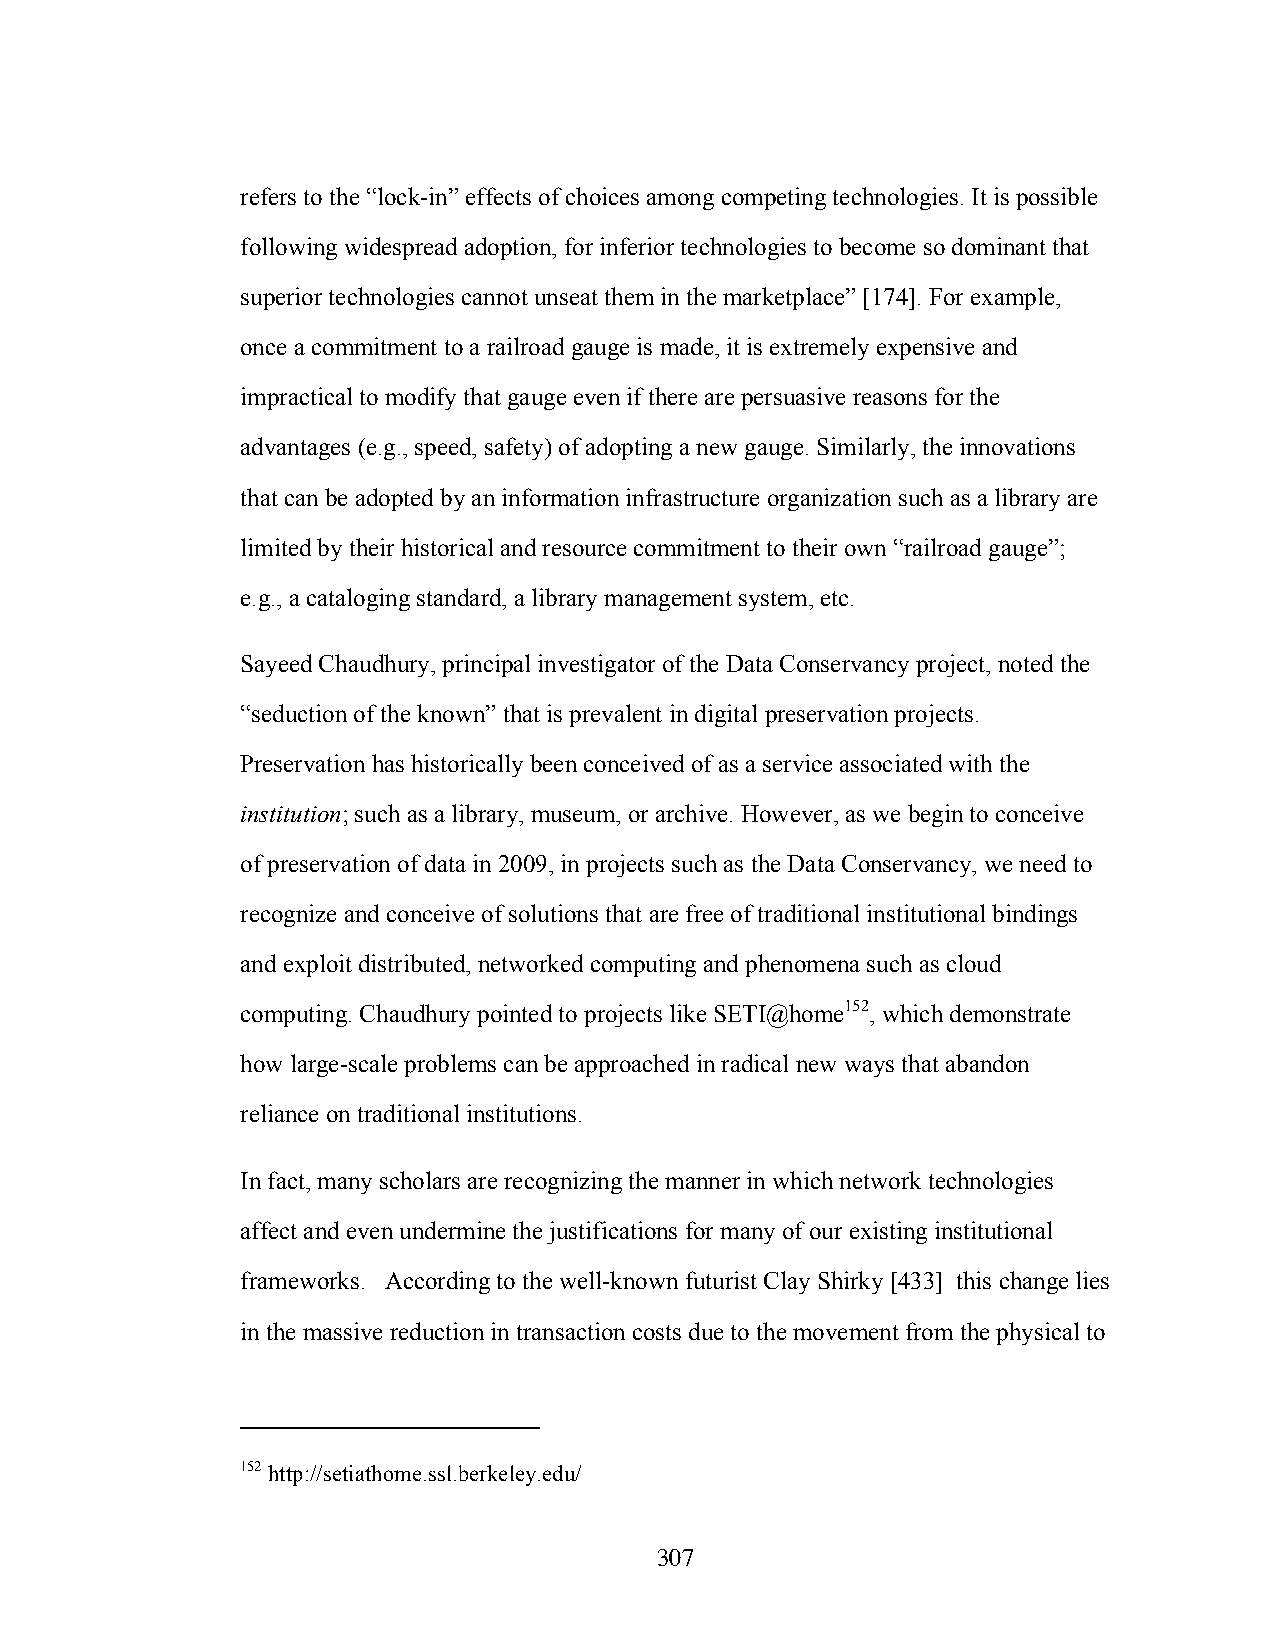
refers to the “lock-in” effects of choices among competing technologies. It is possible
 following widespread adoption, for inferior technologies to become so dominant that
 superior technologies cannot unseat them in the marketplace” [174]. For example,
 once a commitment to a railroad gauge is made, it is extremely expensive and
 impractical to modify that gauge even if there are persuasive reasons for the
 advantages (e.g., speed, safety) of adopting a new gauge. Similarly, the innovations
 that can be adopted by an information infrastructure organization such as a library are
 limited by their historical and resource commitment to their own “railroad gauge”;
 e.g., a cataloging standard, a library management system, etc.
 Sayeed Chaudhury, principal investigator of the Data Conservancy project, noted the
 “seduction of the known” that is prevalent in digital preservation projects.
 Preservation has historically been conceived of as a service associated with the
 institution; such as a library, museum, or archive. However, as we begin to conceive
 of preservation of data in 2009, in projects such as the Data Conservancy, we need to
 recognize and conceive of solutions that are free of traditional institutional bindings
 and exploit distributed, networked computing and phenomena such as cloud
 computing. Chaudhury pointed to projects like SETI@home152, which demonstrate
 how large-scale problems can be approached in radical new ways that abandon
 reliance on traditional institutions.
 In fact, many scholars are recognizing the manner in which network technologies
 affect and even undermine the justifications for many of our existing institutional
 frameworks. According to the well-known futurist Clay Shirky [433] this change lies
 in the massive reduction in transaction costs due to the movement from the physical to
 152 http://setiathome.ssl.berkeley.edu/
 307